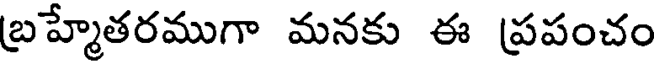
బ్రహ్మేతరముగా మనకు ఈ ప్రపంచం